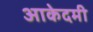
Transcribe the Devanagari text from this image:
आकेदमी